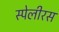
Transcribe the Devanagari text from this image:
स्पेलीरस